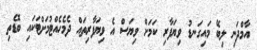
އާމްދަނި ލިބޭ މައިގަނޑު ވިޔަފާރި ކަމަށް ވިޔަސް އެ ވިޔަފާރިތައް ދެމެހެއްޓުމަށްޓަކައި ބޮޑެތި